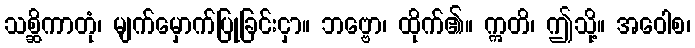
သစ္ဆိကာတုံ၊ မျက်မှောက်ပြုခြင်းငှာ။ ဘဗ္ဗော၊ ထိုက်၏။ ဣတိ၊ ဤသို့။ အဝေါစ၊